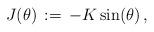
LaTeX: \begin{align*}J(\theta)\, :=\, -K\sin(\theta)\, ,\end{align*}